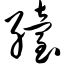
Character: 绐